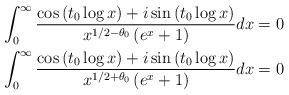
LaTeX: \begin{align*}\begin{aligned}\int_{0}^{\infty} \frac{\cos\left(t_0\log x\right) + i \sin\left(t_0\log x\right)}{x^{1/2-\theta_0}\left(e^{x}+1\right)}dx=0\\\int_{0}^{\infty} \frac{\cos\left(t_0\log x\right) + i \sin\left(t_0\log x\right)}{x^{1/2+\theta_0}\left(e^{x}+1\right)}dx=0\\\end{aligned}\end{align*}